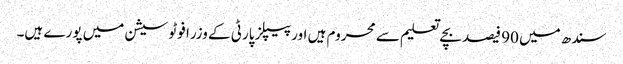
سندھ میں 90 فیصد بچے تعلیم سے محروم ہیں اور پیپلز پارٹی کے وزرا فوٹو سیشن میں پورے ہیں۔